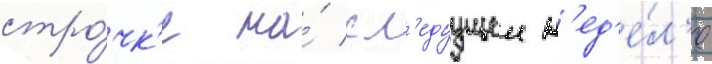
стро́чк'е на́ сл'едуущеи н'ед'е́л'е